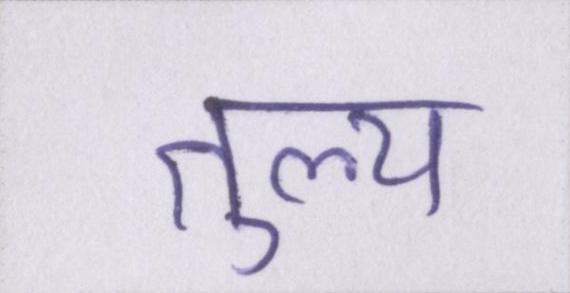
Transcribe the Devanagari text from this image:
तुल्य